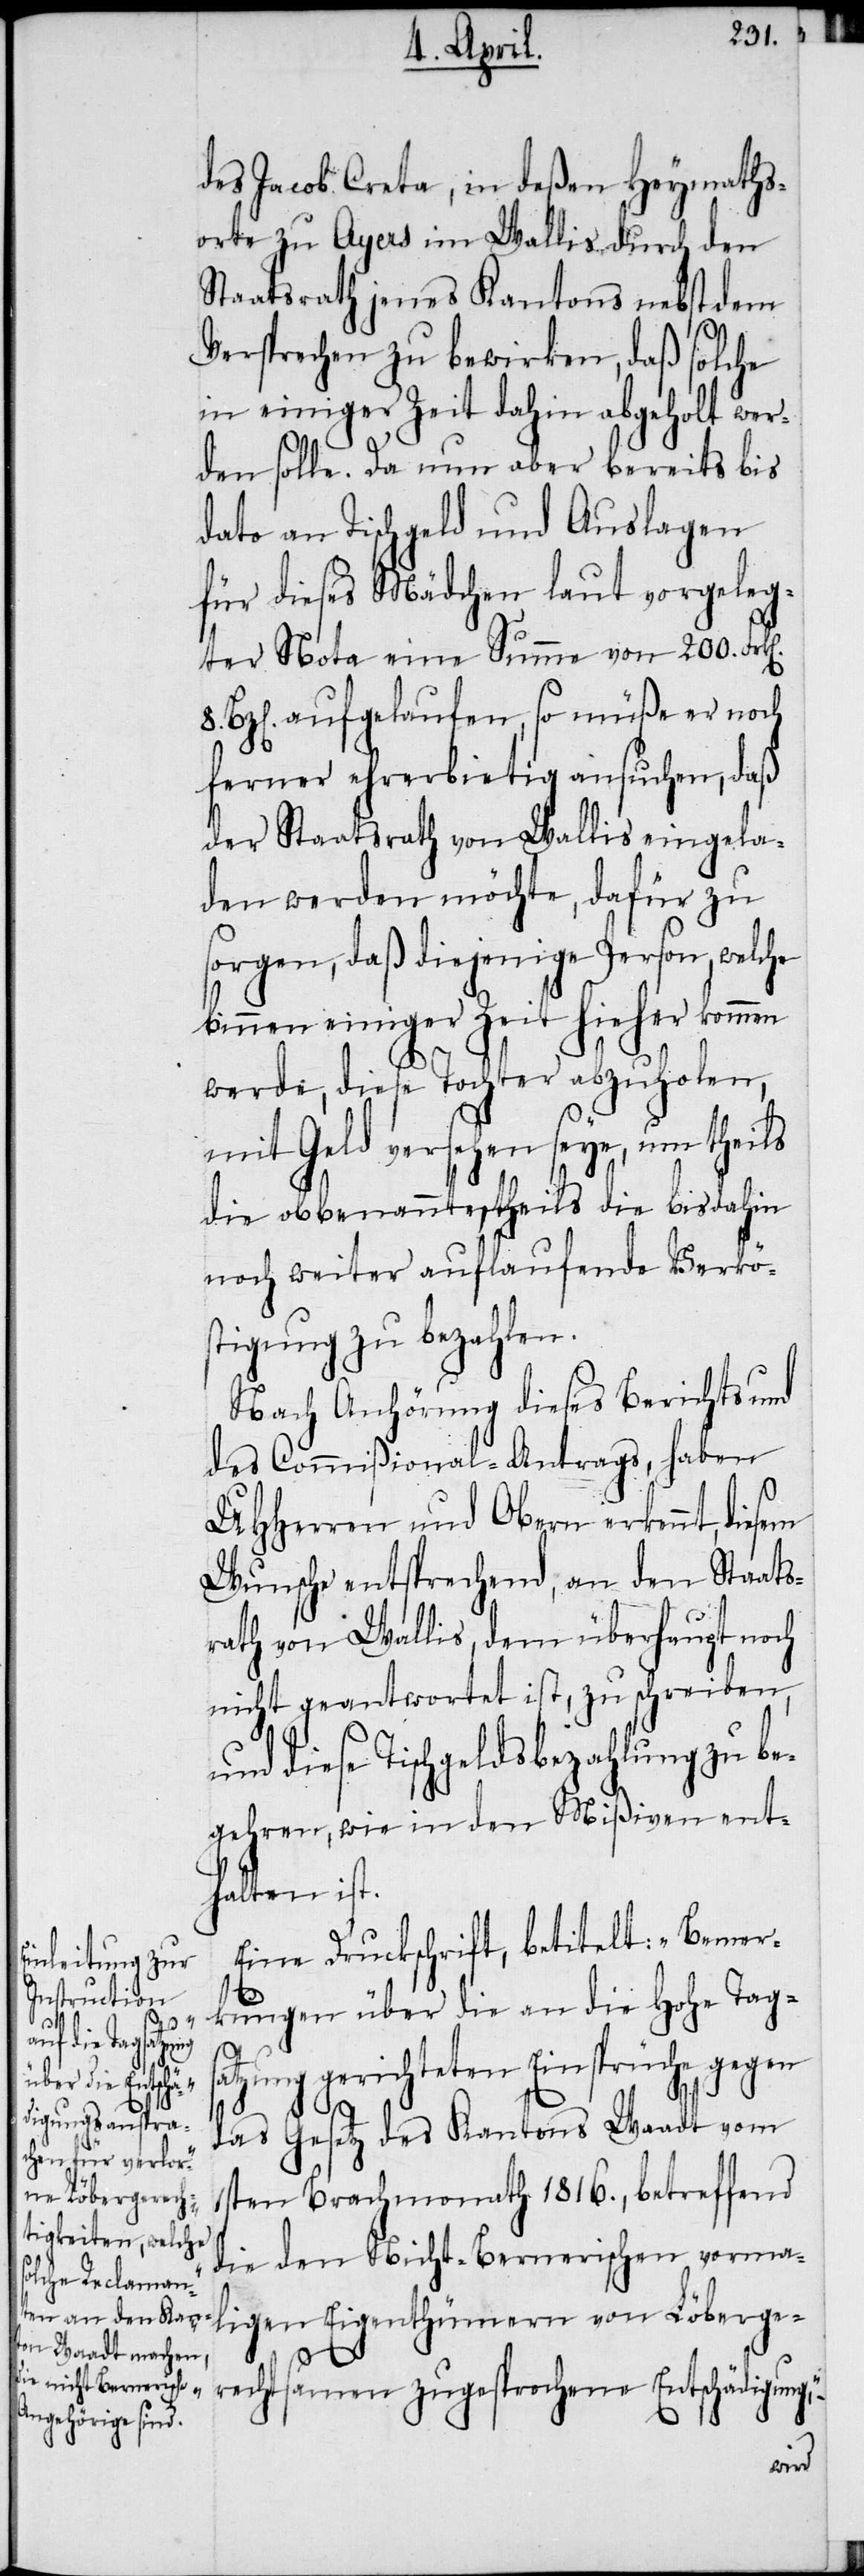
8.

des Jacob Creta, in deßen Heymaths¬
orte zu Ayers im Wallis durch den
Staatsrath jenes Kantons nebst dem
Versprechen zu bewirken, daß solche
in einiger Zeit dahin abgeholt wer¬
den solle. Da nun aber bereits bis
dato an Tischgeld und Auslagen
für dieses Mädchen laut vorgeleg¬
ter Nota eine Summe von 200. Frk[e¬
Bz[en]. aufgelaufen, so müße er noch
ferner ehrerbietig ansuchen, daß
der Staatsrath von Wallis eingela¬
den werden möchte, dafür zu
sorgen, daß diejenige Person, welche
binnen einiger Zeit hieher kommen
werde, diese Tochter abzuholen,
mit Geld versehen seye, um theils
die obbenannte, theils die bis dahin
noch weiter auflaufende Verkö¬
stigung zu bezahlen.
Nach Anhörung dieses Berichts und
des Commißional-Antrags, haben
UHHerren und Obern erkennt, diesem
Wunsche entsprechend, an den Staats¬
rath von Wallis, dem überhaupt noch
nicht geantwortet ist, zu schreiben,
und diese Tischgeldsbezahlung zu be¬
gehren, wie in den Mißiven ent¬
halten ist.
Eine Druckschrift, betitelt: „Bemer¬
kungen über die an die Hohe Tagsa¬
tzung gerichteten Einsprüche gegen
das Gesetz des Kantons Waadt vom
1sten Brachmonath 1816., betreffend
die den Nicht-Bernerischen vormal¬
igen Eigenthümern von Löberge¬
rechtsamen zugesprochene Entschädigung,“